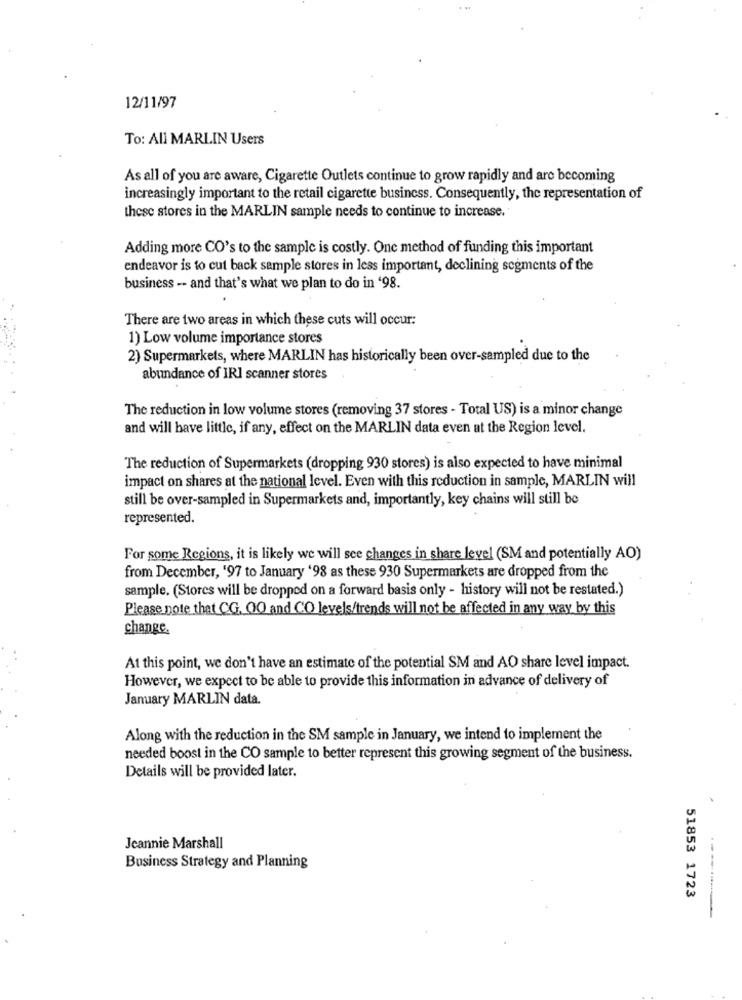
12/11/97
To: All MARLIN Users
As all of you are aware, Cigarette Outlets continue to grow rapidly and are becoming
increasingly important to the retail cigarette business. Consequently, the representation of
these stores in the MARLIN sample needs to continue to increase.
Adding more CO's to the sample is costly. One method of funding this important
endeavor is to cut back sample stores in less important, declining segments of the
business -- and that's what we plan to do in '98.
There are two areas in which these cuts will occur:
1) Low volume importance stores
2) Supermarkets, where MARLIN has historically been over-sampled due to the
abundance of IRI scanner stores
The reduction in low volume stores (removing 37 stores - Total US) is a minor change
and will have little, if any, effect on the MARLIN data even at the Region level.
The reduction of Supermarkets (dropping 930 stores) is also expected to have minimal
impact on shares at the national level. Even with this reduction in sample, MARLIN will
still be over-sampled in Supermarkets and, importantly, key chains will still be
represented.
For some Regions, it is likely we will see changes in share level (SM and potentially AO)
from December, '97 to January '98 as these 930 Supermarkets are dropped from the
sample. (Stores will be dropped on a forward basis only - history will not be restated.)
Please note that CG. OO and CO levels/trends will not be affected in any way by this
change.
At this point, we don't have an estimate of the potential SM and AO share level impact.
However, we expect to be able to provide this information in advance of delivery of
January MARLIN data.
Along with the reduction in the SM sample in January, we intend to implement the
needed boost in the CO sample to better represent this growing segment of the business.
Details will be provided later.
Jeannie Marshall
Business Strategy and Planning
51853 1723
----------